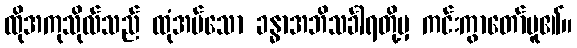
ထိုအကုသိုလ်သည် ထုံအပ်သော ခန္ဓာအဘိသင်္ခါရတို့မှ ကင်းကွာတော်မူ၏။